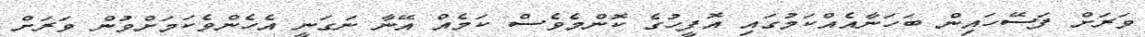
ވަރަށް ފަސޭހައިން ބަހަނާއެއްކަމުގައި އޮފީހުގެ ކޮންމެވެސް ކަމެއް އޭނާ ނަގަނީ އެހެންވެކަމަށްވުން ވަރަށް